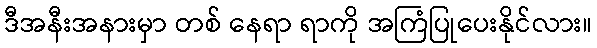
ဒီအနီးအနားမှာ တစ် နေရာ ရာကို အကြံပြုပေးနိုင်လား။